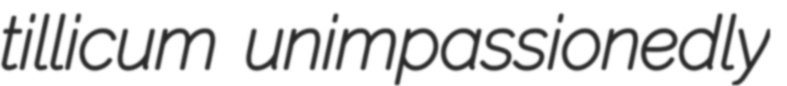
tillicum unimpassionedly